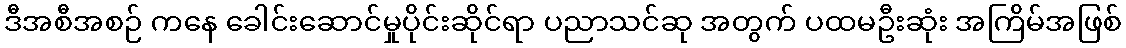
ဒီအစီအစဉ် ကနေ ခေါင်းဆောင်မှုပိုင်းဆိုင်ရာ ပညာသင်ဆု အတွက် ပထမဦးဆုံး အကြိမ်အဖြစ်